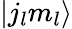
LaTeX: |j_{l}m_{l}\rangle